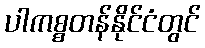
ပါကစ္စတန်နိုင်ငံတွင်